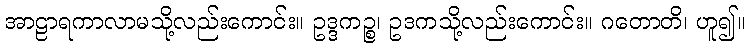
အာဠာရကာလာမသို့လည်းကောင်း။ ဥဒ္ဒကဉ္စ၊ ဥဒကသို့လည်းကောင်း။ ဂတောတိ၊ ဟူ၍။